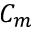
C _ { m }